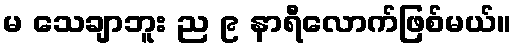
မ သေချာဘူး ည ၉ နာရီလောက်ဖြစ်မယ်။